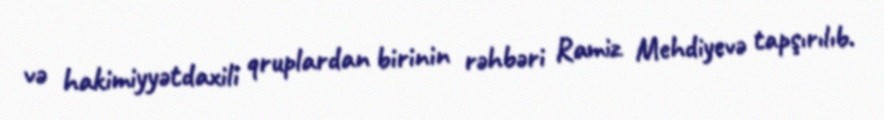
və hakimiyyətdaxili qruplardan birinin rəhbəri Ramiz Mehdiyevə tapşırılıb.